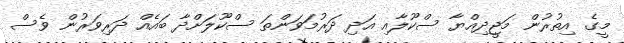
މީގެ އިތުރުން މަޖީދިއްޔާ ސްކޫލާއި އަދި ދަރުމަވަންތަ ސްކޫލަށްދާ ބައެއް ދަރިވަރުން ވެސް